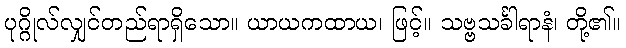
ပုဂ္ဂိုလ်လျှင်တည်ရာရှိသော။ ယာယကထာယ၊ ဖြင့်။ သဗ္ဗသင်္ခါရာနံ၊ တို့၏။